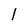
Character: l